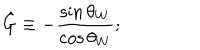
LaTeX: \hat { G } \equiv - \frac { \sin \theta _ { W } } { \cos \theta _ { W } } ;